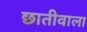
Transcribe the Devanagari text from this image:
छातीवाला